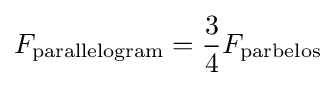
F_{\text{parallelogram}}={\frac {3}{4}}F_{\text{parbelos}}